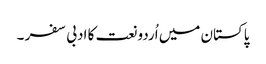
پاکستان میں اُردو نعت کا ادبی سفر ۔